Civil Veterinary Department Bengal reports 1923-33 - 1923-1933
Year: 1923
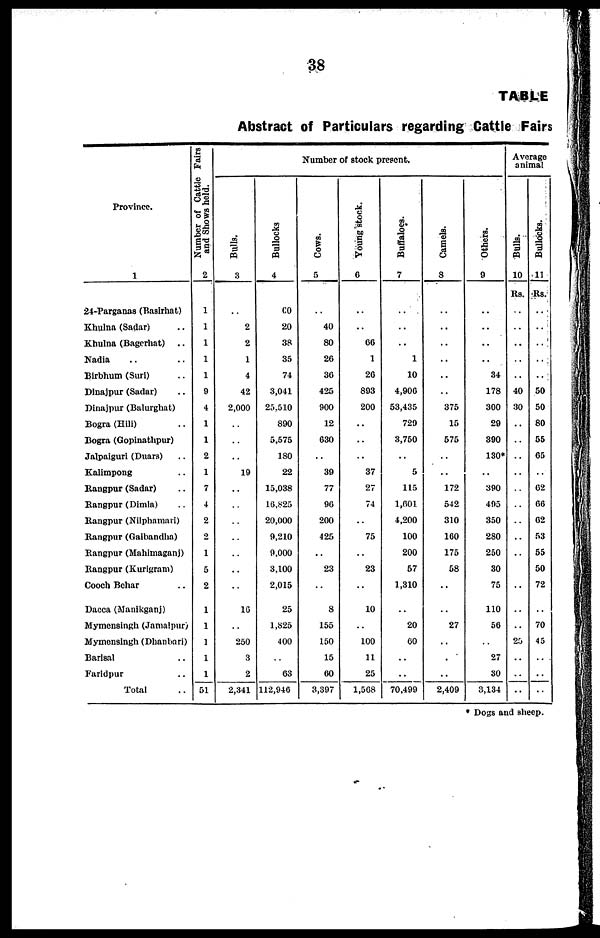
38
TABLE
Abstract of Particulars regarding Cattle
Fairs
Province.
1
24-Parganas (Basirhat)
Khulna (Sadar) ..
Khulna (Bagerhat) ..
Nadia .. ..
Birbhum (Suri) ..
Dinajpur (Sadar) ..
Dinajpur (Balurghat)
Bogra (Hill) ..
Bogra (Gopinathpur)
Jalpaiguri (Duara) ..
Kalimpong ..
Rangpur (Sadar) ..
Rangpur (Dimia) ..
Rangpur (Nilphamari)
Rangpur (Gaibandha)
Rangpur (Mahimaganj)
Rangpur (Kurigram)
Cooch Behar ..
Dacca (Manikganj)
Mymensingh (Jamalpur)
Mymensingh (Dhanbari)
Barisal ..
Faridpur ..
Total
Number of Cattle Fairs
and Shows held.
2
1
1
1
1
1
9
4
1
1
2
1
7
4
2
2
1
5
2
1
1
1
1
1
51
Number of stock present.
Bulls.
3
..
2
2
1
4
42
2,000
..
..
..
19
..
..
..
..
..
..
..
16
..
250
3
2
2,341
Bullocks
4
00
20
38
35
74
3,041
25.510
890
5,575
180
22
15,038
16,825
20,000
9,210
9,000
3,100
2,015
25
1,825
400
..
63
112,946
Cows.
5
..
40
80
26
36
425
900
12
630
..
39
77
90
200
425
..
23
..
8
155
150
15
60
3,397
Young stock.
6
..
..
66
1
26
803
200
..
..
..
37
27
74
..
75
..
23
..
10
..
100
11
25
1,508
Buffaloes.
7
..
..
..
1
10
4,906
53,435
729
3,750
..
5
115
1,001
4,200
100
200
57
1,310
..
20
60
..
..
70,499
Camels.
8
..
..
..
..
..
..
375
15
575
..
..
172
542
310
160
175
58
..
..
27
..
..
..
2,409
Others.
9
..
..
..
..
34
178
300
29
390
130*
..
390
405
350
280
250
30
75
110
56
..
27
30
3,134
Average
animal
Bulls.
10
Rs.
..
..
..
..
..
40
30
..
..
..
..
..
..
..
..
..
..
..
..
..
20
..
..
..
Bullocks.
11
Rs.
..
..
..
..
..
50
50
80
55
65
..
62
66
62
53
55
50
72
..
70
45
..
..
..
* Dogs and sheep.